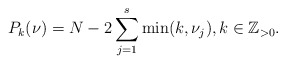
\begin{align*}P_{k}(\nu)= N-2 \sum_{j=1}^{s}\min(k,\nu_j),k\in\mathbb{Z}_{> 0}.\end{align*}